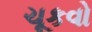
ચૂકવો